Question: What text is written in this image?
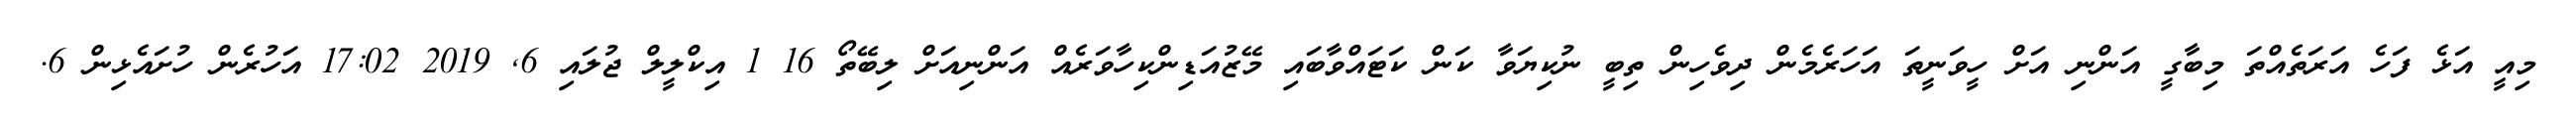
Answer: މިއީ އަޅެ ފަހެ އަރަތެއްތަ މިބާގީ އަންނި އަށް ހީވަނީތަ އަހަރެމެން ދިވެހިން ތިބީ ނުކިޔަވާ ކަން ކަޓައްވާބައި މޭޒުއަޑިންކިހާވަރެއް އަންނިއަށް ލިބޭތޯ 16 1 އިކްލީލް ޖުލައި 6, 2019 17:02 އަހުރެން ހުށައެޅިން 6.